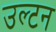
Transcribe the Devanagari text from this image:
उल्टन